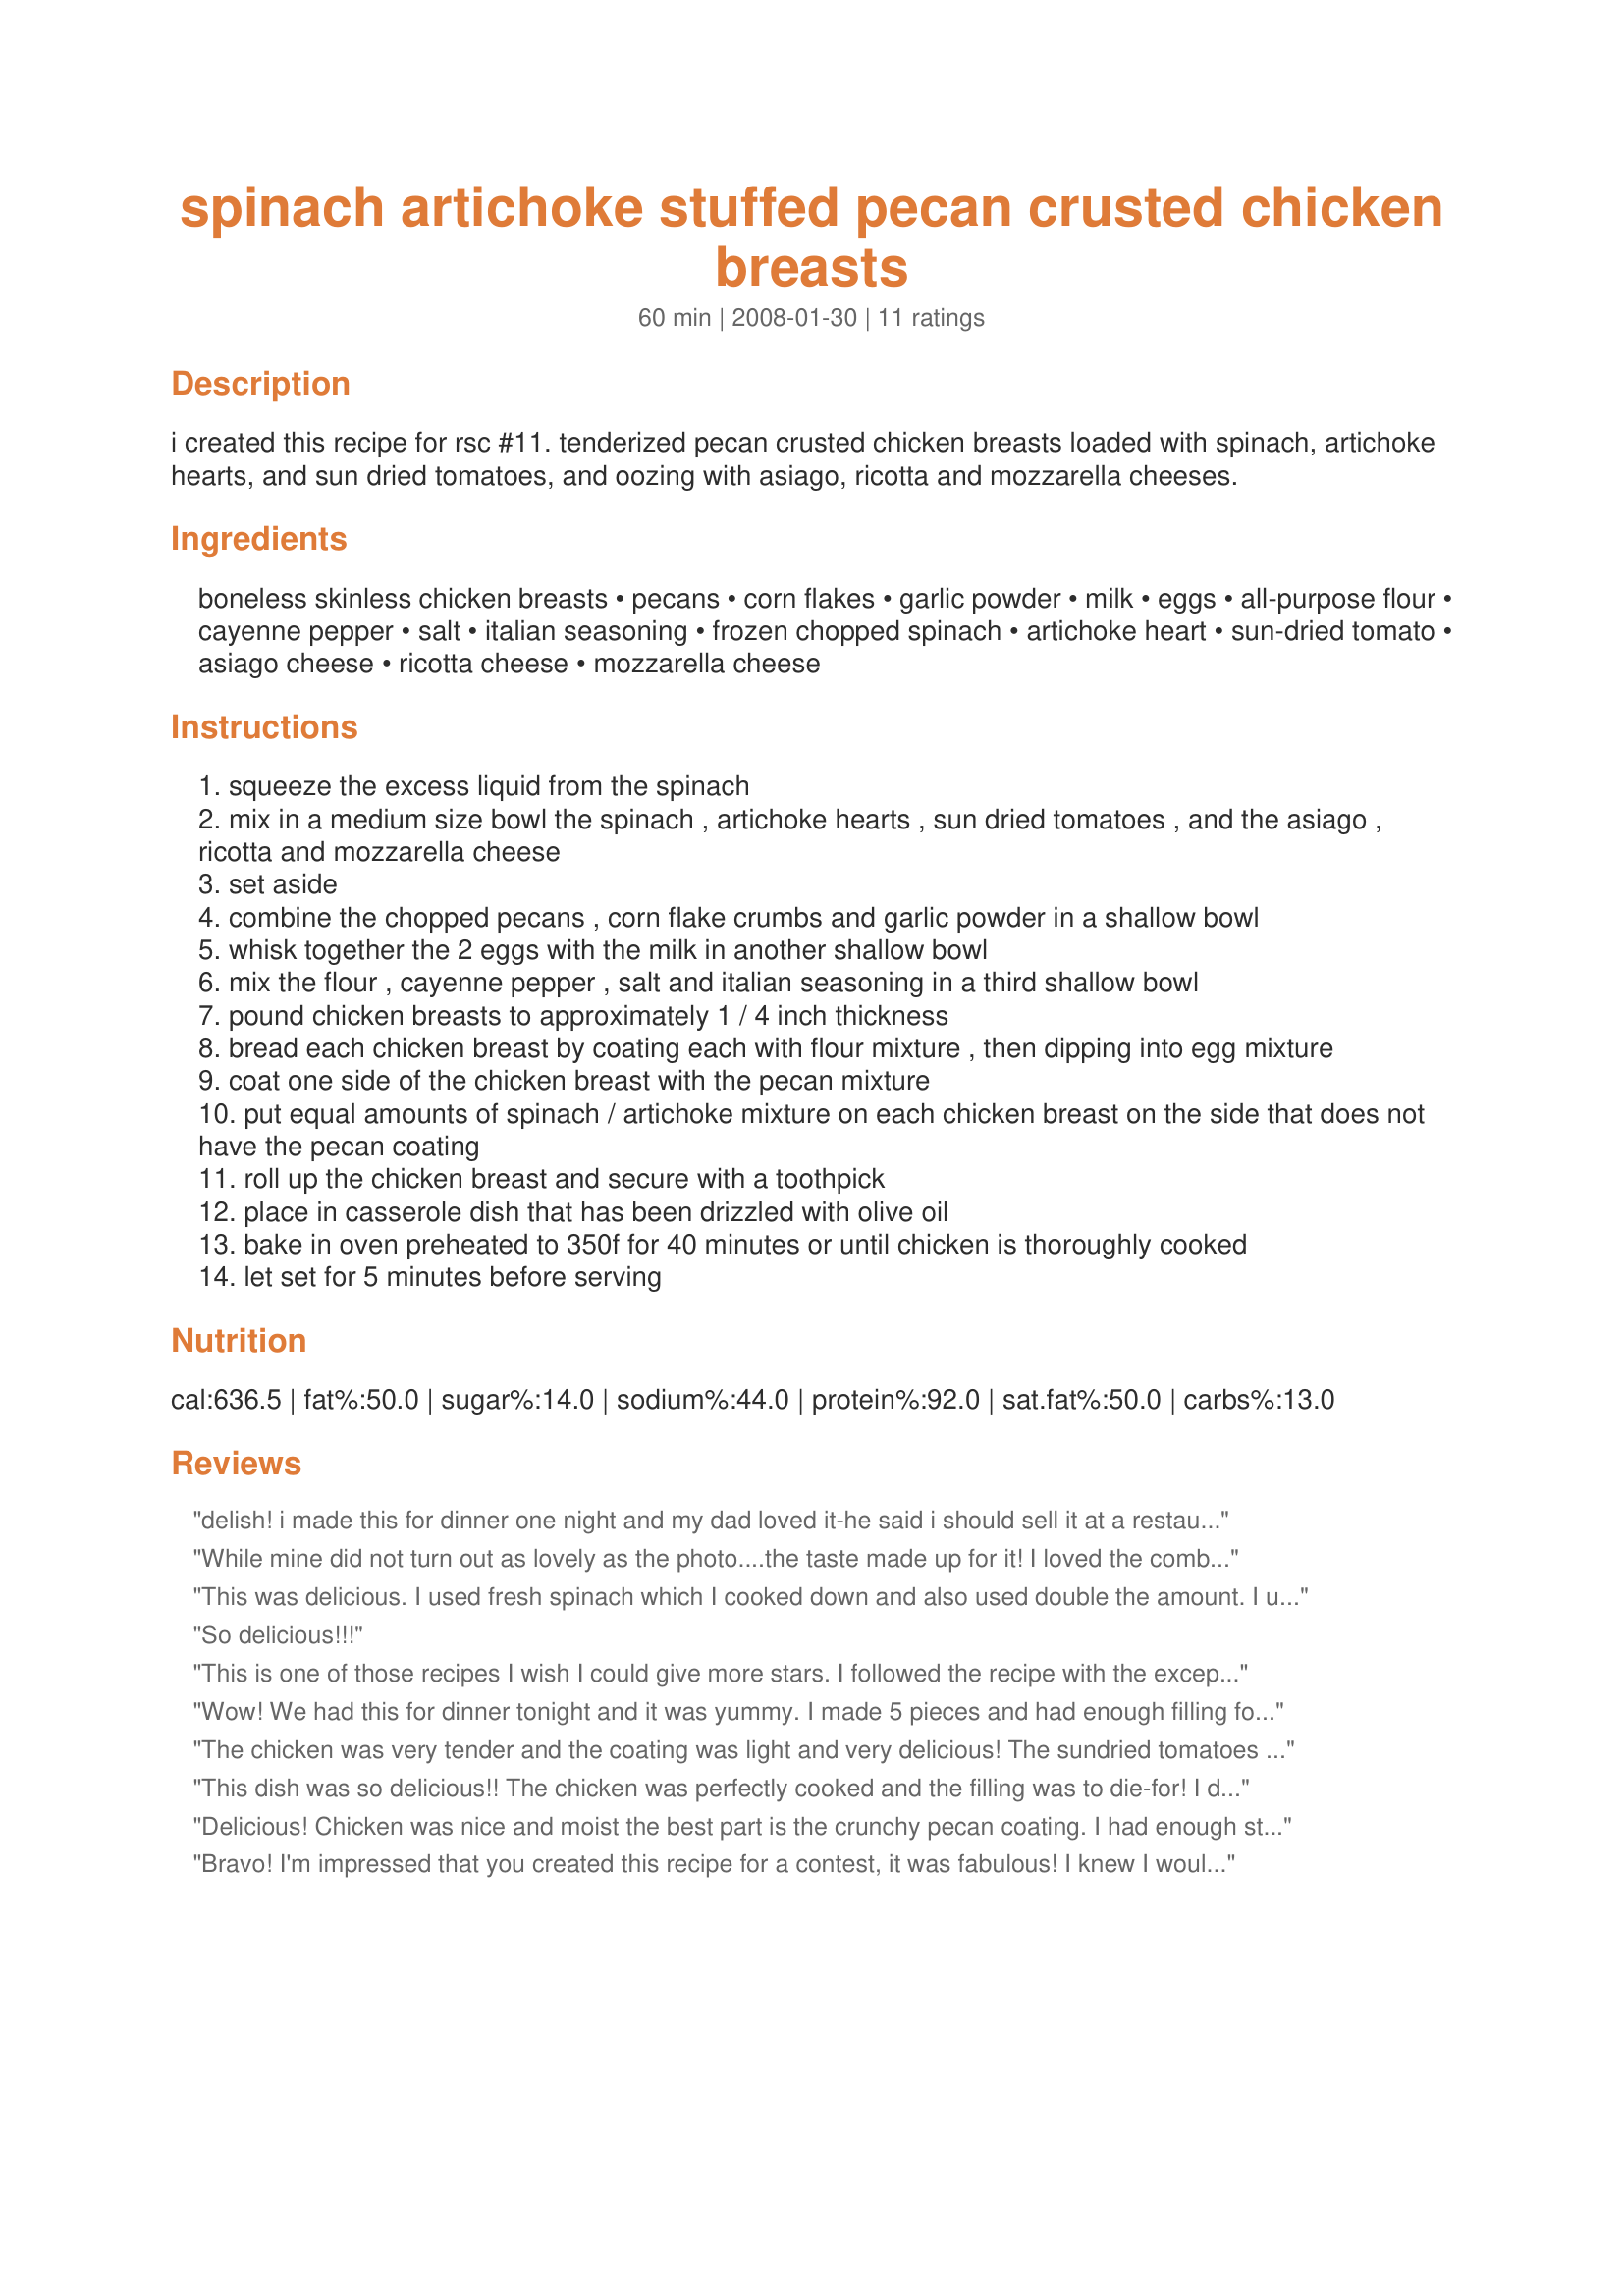
spinach artichoke stuffed pecan crusted chicken breasts
Preparation time: 60 minutes

i created this recipe for rsc #11. tenderized pecan crusted chicken breasts loaded with spinach, artichoke hearts, and sun dried tomatoes, and oozing with asiago, ricotta and mozzarella cheeses.

Ingredients:
boneless skinless chicken breasts, pecans, corn flakes, garlic powder, milk, eggs, all-purpose flour, cayenne pepper, salt, italian seasoning, frozen chopped spinach, artichoke heart, sun-dried tomato, asiago cheese, ricotta cheese, mozzarella cheese

Steps:
squeeze the excess liquid from the spinach
mix in a medium size bowl the spinach , artichoke hearts , sun dried tomatoes , and the asiago , ricotta and mozzarella cheese
set aside
combine the chopped pecans , corn flake crumbs and garlic powder in a shallow bowl
whisk together the 2 eggs with the milk in another shallow bowl
mix the flour , cayenne pepper , salt and italian seasoning in a third shallow bowl
pound chicken breasts to approximately 1 / 4 inch thickness
bread each chicken breast by coating each with flour mixture , then dipping into egg mixture
coat one side of the chicken breast with the pecan mixture
put equal amounts of spinach / artichoke mixture on each chicken breast on the side that does not have the pecan coating
roll up the chicken breast and secure with a toothpick
place in casserole dish that has been drizzled with olive oil
bake in oven preheated to 350f for 40 minutes or until chicken is thoroughly cooked
let set for 5 minutes before serving

Reviews:
delish! i made this for dinner one night and my dad loved it-he said i should sell it at a restaurant! it was so easy to make and so good. the only things i did differently were left out the artichoke and used italian breadcrumbs instead of corknflakes because thats what i had at home. thanks for this great recipe!
While mine did not turn out as lovely as the photo....the taste made up for it! I loved the combination of flavors. It took me longer to complete the recipe than listed; lots of steps but well worth the effort! Thanks neighbor!
This was delicious. I used fresh spinach which I cooked down and also used double the amount. I used ritz crackers instead of cornflakes and substituted cheese for what I had on had (mozarella and parmesan). This is very elegant and a bit complicated in the amount of dishes needed, but worth the effort and time. Very impressive and will make again. Thanks for the recipe.
So delicious!!!
This is one of those recipes I wish I could give more stars. I followed the recipe with the exception of using marinated artichoke hearts(all I had in the pantry) I found this chicken to be fairly easy to make and well worth the effort. The chicken cooked nicely in the times given. Moist and tender. I found the servings to be on the large side but nobody was complaining AT ALL. All the ingredients blended nicely together. This is fancy enough for company or anytime!! Thanks for this recipe, well done Craft Lady. Made for Spring PAC08
Wow! We had this for dinner tonight and it was yummy. I made 5 pieces and had enough filling for them to be generously stuffed. The nut-crumb coating was just right for 4 pieces however, so the last piece did not get any. Oh well, it was still good, just not crispy. I need to eat gluten-free so I subbed rice flour for the all-purpose and also used GF corn flakes. Will definately keep this recipe in the book to make again.
The chicken was very tender and the coating was light and very delicious! The sundried tomatoes are an excellent touch!
This dish was so delicious!! The chicken was perfectly cooked and the filling was to die-for! I did not have corn flakes so I used Kashi and it really tasted great. Thanks Crafty Lady
Delicious! Chicken was nice and moist the best part is the crunchy pecan coating. I had enough stuffing for 6 chicken breasts and run out of nut coating so I had to finish it with plain bread crumbs. Need to double pecan coating next time. I used sun-dried tomatoes pesto that I had at home. This is a keeper!
Bravo! I'm impressed that you created this recipe for a contest, it was fabulous! I knew I would love this as it has some of my favorite ingredients: cheese, pecans, sun-dried tomatoes, and artichokes :) A couple of changes I made/comments: I used Ritz crackers instead of cornflakes because I didn't want to buy them just for this, and I left out the ricotta as I am not a fan of the texture. I only used 1/2 of the flour mixture and still had at least 1/3 of it left over, so I would recommend starting with less and seeing if you need more. Also, the prep time took a lot longer than 20 minutes for me, it was closer to 40. Thanks for sharing!
I loved this recipe. I prepped the flour, nut coating and pounded the chicken the night before I baked. It was easy to put together the next night. I would make more nut/cornflake crust next time. This was a delicious chicken dish. It is so unique, but something that everyone would love. How innovative! I will be making this again and have saved this recipe to my permanent recipe book. Thank you for this wonderful recipe.
